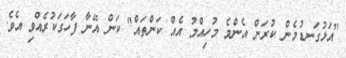
"އަޅުގަނޑުމެން ކުރަން އެންމެ މުހިއްމު އެއް ކަންތައް" ކަން އޭނާ ފާހަގަކުރެއްވި އެވެ.